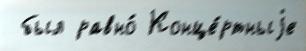
 был равно́ Конце́ртныjе